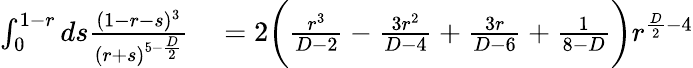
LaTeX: \begin{array}{rl}{\int_{0}^{1-r}ds\frac{(1-r-s)^{3}}{(r+s)^{5-\frac{D}{2}}}}&{{}=2\bigg(\frac{r^{3}}{D-2}-\frac{3r^{2}}{D-4}+\frac{3r}{D-6}+\frac{1}{8-D}\bigg)r^{\frac{D}{2}-4}}\end{array}